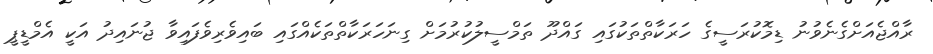
ރާއްޖެއަށްގެނެވުނު ޑިމޮކުރަސީގެ ހަރަކާތްތަކުގައި ގައްދޫ ތަމްސީލުކުރުމަށް ގިނަހަރަކާތްތަކެއްގައި ބައިވެރިވެފައިވާ ޖުނައިދު އަކީ އެމްޑީޕީ